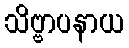
သိဗ္ဗာပနာယ